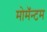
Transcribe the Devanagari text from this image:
मोमॅन्टम